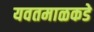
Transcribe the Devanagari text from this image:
यवतमाळकडे